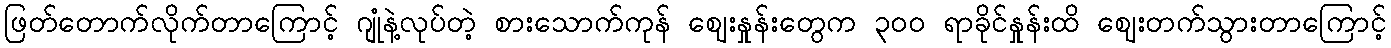
ဖြတ်တောက်လိုက်တာကြောင့် ဂျုံနဲ့လုပ်တဲ့ စားသောက်ကုန် ဈေးနှုန်းတွေက ၃၀၀ ရာခိုင်နှုန်းထိ ဈေးတက်သွားတာကြောင့်